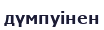
дүмпуінен